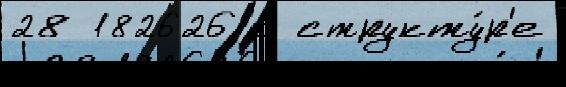
28 182626 с структу́р'е